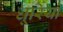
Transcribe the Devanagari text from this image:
धूरियों